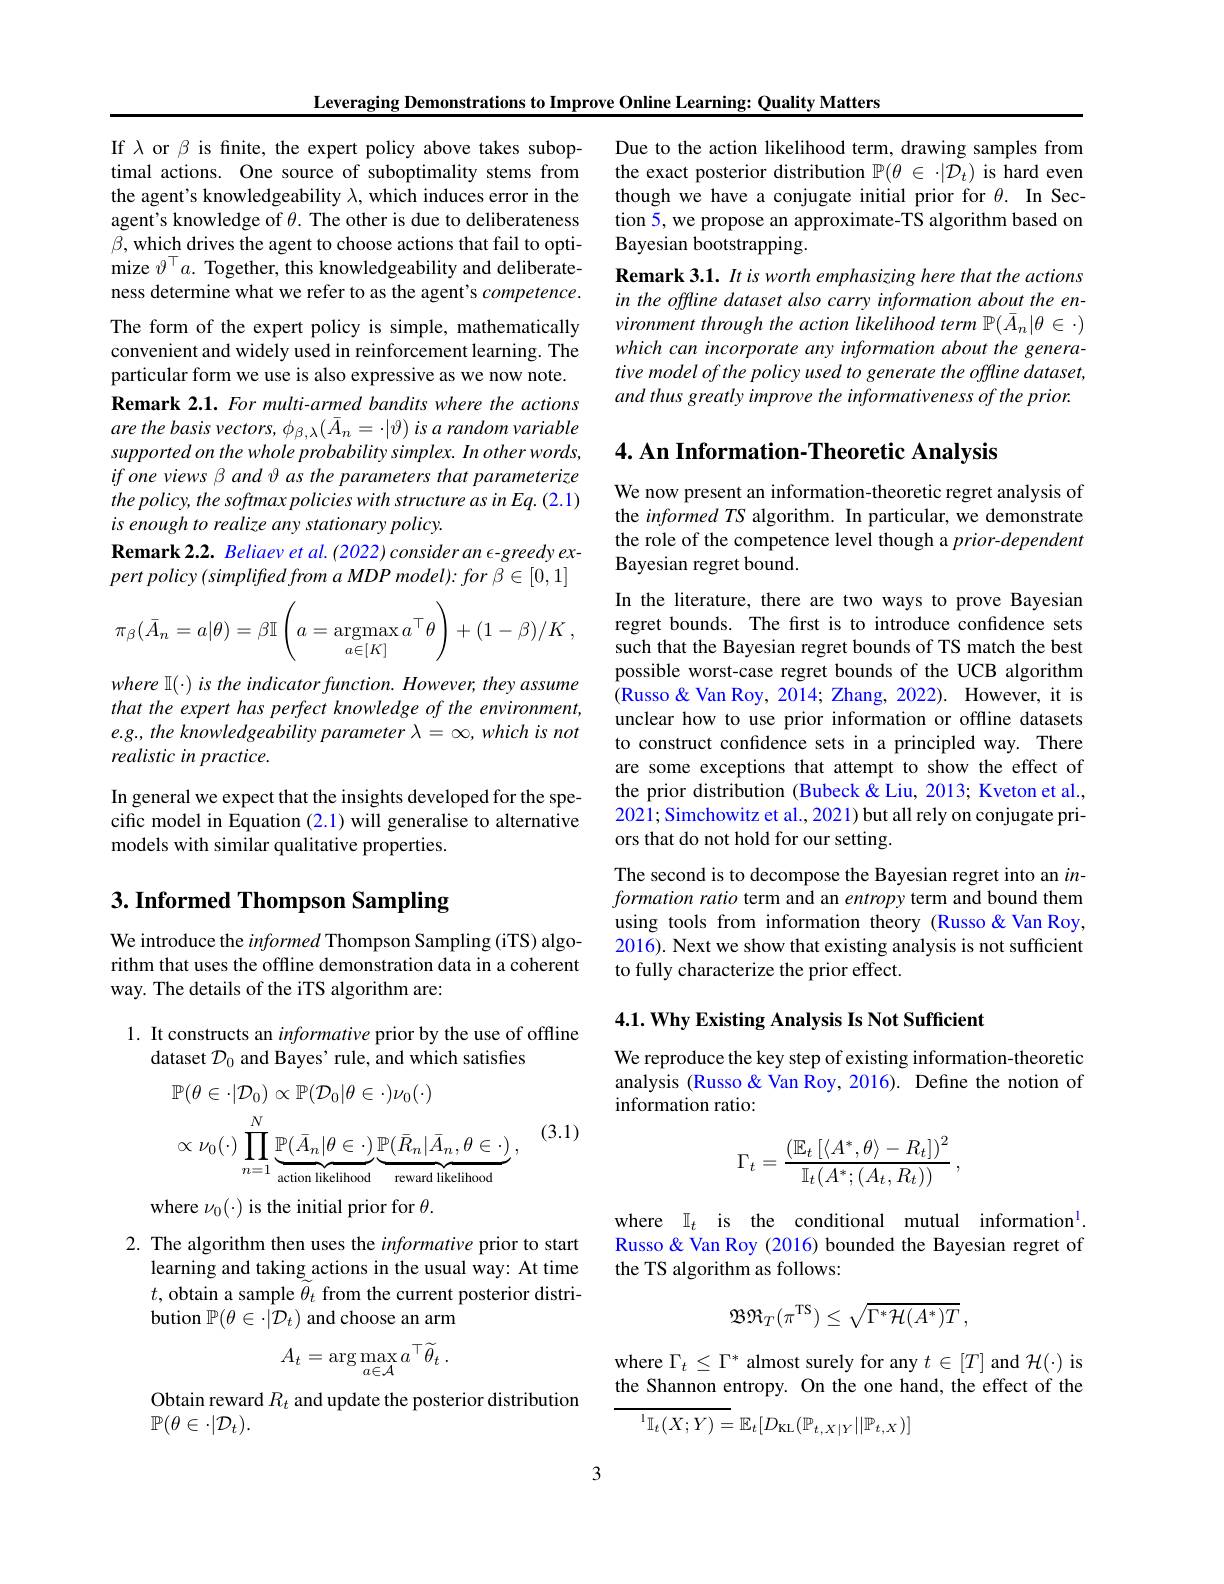
Leveraging Demonstrations to Improve Online Learning: Quality Matters

If $\lambda$ or $\beta$ is finite, the expert policy above takes suboptimal actions. One source of suboptimality stems from the agent's knowledgeability $\lambda$, which induces error in the agent's knowledge of $\theta.$ The other is due to deliberateness $\beta$, which drives the agent to choose actions that fail to optimize $\vartheta^{\top}a.$ Together, this knowledgeability and deliberateness determine what we refer to as the agent's competence. The form of the expert policy is simple, mathematically convenient and widely used in reinforcement learning. The particular form we use is also expressive as we now note. Remark 2.1. For multi-armed bandits where the actions are the basis vectors, $\phi_\beta,\lambda(\bar{A}_n=\cdot|\vartheta)$ is a random variable supported on the whole probability simplex. In other words, if one views β and θ as the parameters that parameterize the policy, the softmax policies with structure as in Eq. (2.1) is enough to realize any stationary policy.
Remark 2.2. Beliaev et al. (2022) consider an €-greedy expert policy (simplifed from a MDP model): for β €[0,1]
$$\pi_\beta(\bar A_n=a|\theta)=\beta\mathbb{I}\left(a=\underset{a\in[K]}{\operatorname*{argmax}}a^\top\theta\right)+(1-\beta)/K\:,$$
where I(·) is the indicator function. However, they assume that the expert has perfect knowledge of the environment, e.g., the knowledgeability parameter $\lambda=\infty,whichisnot$ realistic in practice.
In general we expect that the insights developed for the specific model in Equation (2.1) will generalise to alternative models with similar qualitative properties.

## $3. \textbf{ Informed Thompson Sampling}$

We introduce the informed Thompson Sampling (iTS) algorithm that uses the offline demonstration data in a coherent way. The details of the iTS algorithm are:

1. It constructs an informative prior by the use of offline
dataset $\mathcal{D}_0$ and Bayes' rule, and which satisfies

(3.1)
$$\begin{aligned}&\mathbb{P}(\theta\in\cdot|\mathcal{D}_{0})\propto\mathbb{P}(\mathcal{D}_{0}|\theta\in\cdot)\nu_{0}(\cdot)\\&\propto\nu_{0}(\cdot)\prod_{n=1}^{N}\underbrace{\mathbb{P}(\bar{A}_{n}|\theta\in\cdot)}_{\text{action likelihood}}\underbrace{\mathbb{P}(\bar{R}_{n}|\bar{A}_{n},\theta\in\cdot)}_{\text{reward likelihood}},\end{aligned}$$
where $\nu_0(\cdot)$ is the initial prior for $\theta.$

2. The algorithm then uses the informative prior to start
learning and taking actions in the usual way: At time $t$,obtain a sample $\tilde{\theta}_{t}$ from the current posterior distribution $\mathbb{P}(\theta\in\cdot|\bar{\mathcal{D}}_{t})$ and choose an arm
$$A_{t}=\arg\max_{a\in\mathcal{A}}a^{\top}\widetilde{\theta}_{t}\:.$$
Obtain reward $R_t$ and update the posterior distribution
$\mathbb{P}(\theta\in\cdot|\mathcal{D}_t).$

Due to the action likelihood term, drawing samples from the exact posterior distribution $\mathbb{P} ( \theta$ $\in$ $\cdot | \mathcal{D} _t)$ is hard even though we have a conjugate initial prior for $\theta .$ In Sec- tion 5, we propose an approximate-TS algorithm based on Bayesian bootstrapping.
Remark 3.1. It is worth emphasizing here that the actions in the offline dataset also carry information about the enwhich can incorporate any information about the generative model of the policy used to generate the offtine dataset, and thus greatly improve the informativeness of the prior.

## $4. \textbf{ An Information- Theoretic Analysis}$

We now present an information-theoretic regret analysis of the informed TS algorithm. In particular, we demonstrate the role of the competence level though a $prior-dependent$ Bayesian regret bound.

In the literature, there are two ways to prove Bayesian regret bounds. The first is to introduce confidence sets such that the Bayesian regret bounds of TS match the best possible worst-case regret bounds of the UCB algorithm (Russo& Van Roy, 2014; Zhang, 2022). However, it is unclear how to use prior information or offline datasets to construct confidence sets in a principled way. There are some exceptions that attempt to show the effect of the prior distribution (Bubeck & Liu, 2013; Kveton et al., 2021; Simchowitz et al., 2021) but all rely on conjugate priors that do not hold for our setting.
The second is to decompose the Bayesian regret into an $in-$ formation ratio term and an entropy term and bound them using tools from information theory (Russo&Van Roy, 2016). Next we show that existing analysis is not sufficient to fully characterize the prior effect.

4.1. Why Existing Analysis Is Not Sufficient

We reproduce the key step of existing information-theoretic analysis (Russo& Van Roy, 2016). Define the notion of information ratio:
$$\Gamma_t=\frac{(\mathbb{E}_t\left[\langle A^*,\theta\rangle-R_t]\right)^2}{\mathbb{I}_t(A^*;(A_t,R_t))}\:,$$
where $\mathbb{I} _t$ is the conditional mutual information$^1.$ Russo & Van Roy (2016) bounded the Bayesian regret of the TS algorithm as follows:
$$\mathfrak{BR}_{T}(\pi^{\mathrm{TS}})\leq\sqrt{\Gamma^{*}\mathcal{H}(A^{*})T}\:,$$
where $\Gamma_t\leq\Gamma^*$ almost surely for any $t\in[T]$ and $\mathcal{H}(\cdot)$ is the Shannon entropy. On the one hand, the effect of the
$$\overline{{^1\mathbb{I}_t(X;Y)=}}\mathbb{E}_t[D_{\mathrm{KL}}(\mathbb{P}_{t,X|Y}||\mathbb{P}_{t,X})]$$
3